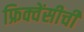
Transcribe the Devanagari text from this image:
फ्रिक्वेंसीची